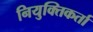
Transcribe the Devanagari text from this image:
नियुक्तिकर्ता